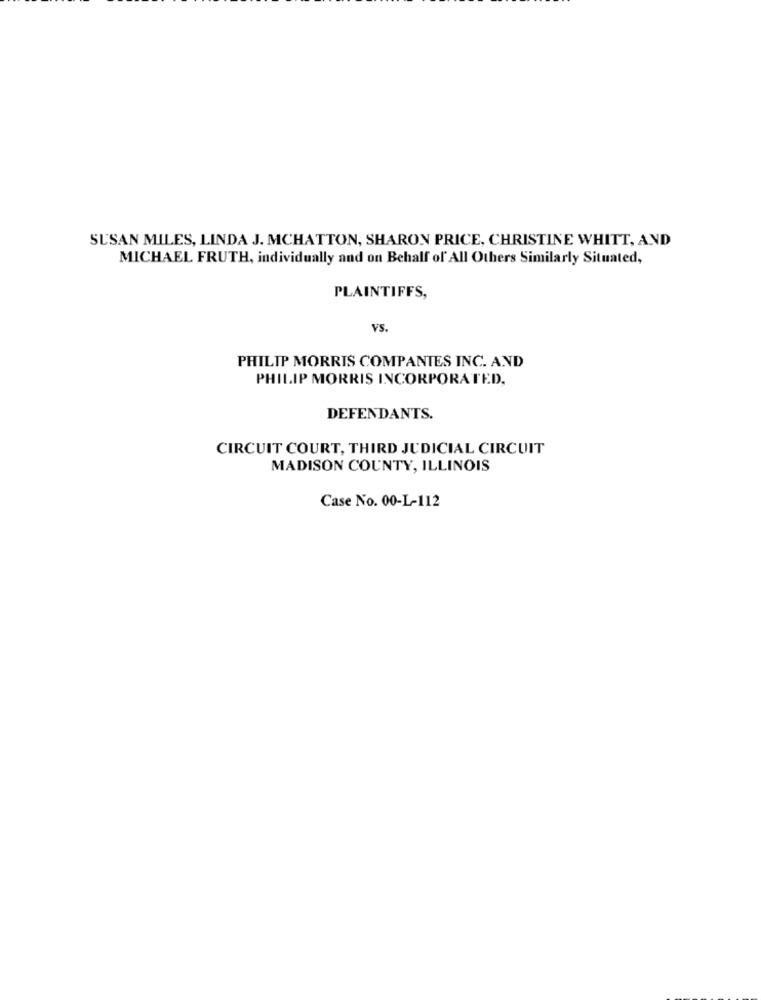
SUSAN MILES, LINDA J. MCHATTON, SHARON PRICE, CHRISTINE WHITT, AND
MICHAEL FRUTH, individually and on Behalf of All Others Similarly Situated,
PLAINTIFFS,
VS.
PHILIP MORRIS COMPANIES INC. AND
PHILIP MORRIS INCORPORATED,
DEFENDANTS.
CIRCUIT COURT, THIRD JUDICIAL CIRCUIT
MADISON COUNTY, ILLINOIS
Case No. 00-L-112